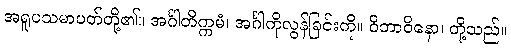
အရူပသမာပတ်တို့၏။ အင်္ဂါတိက္ကမံ၊ အင်္ဂါကိုလွန်ခြင်းကို။ ဝိဘာဝိနော၊ တို့သည်။